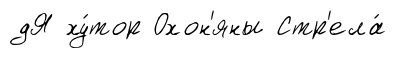
дЯ ху́тор Охон'яны Стр'ела́